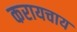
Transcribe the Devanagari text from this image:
करायचाय